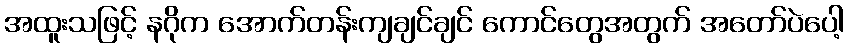
အထူးသဖြင့် နဂိုက အောက်တန်းကျချင်ချင် ကောင်တွေအတွက် အတော်ပဲပေါ့